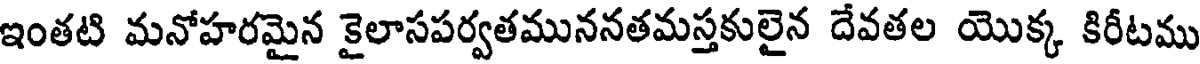
ఇంతటి మనోహరమైన కైలాసపర్వతముననతమస్తకులైన దేవతల యొక్క కిరీటము